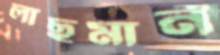
লাছমান